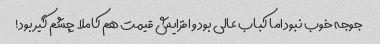
جوجه خوب نبود اما کباب عالی بود و افزایش قیمت هم کاملا چشم گیر بود!